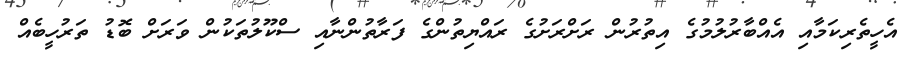
އެހީތެރިކަމާއި އެއްބާރުލުމުގެ އިތުރުން ރަށްރަށުގެ ރައްޔިތުންގެ ފަރާތުންނާއި ސްކޫލުތަކުން ވަރަށް ބޮޑު ތަރުހީބެއް